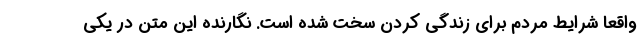
واقعا شرایط مردم برای زندگی کردن سخت شده است. نگارنده این متن در یکی